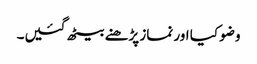
وضو کیا اور نماز پڑھنے بیٹھ گئیں۔